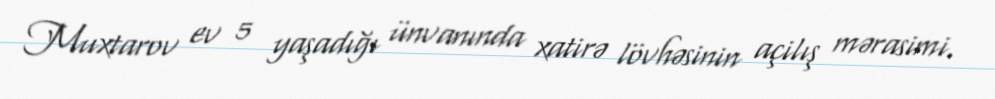
Muxtarov ev 5 yaşadığı ünvanında xatirə lövhəsinin açilış mərasimi.